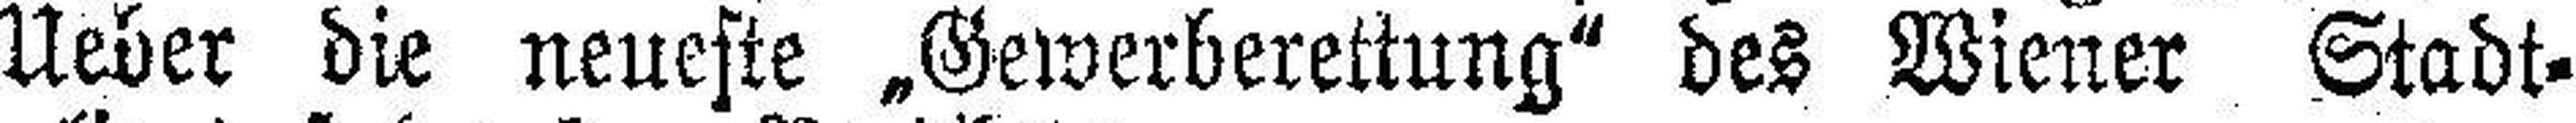
Ueber die neueste „Gewerberettung“ des Wiener Stadt¬